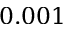
0 . 0 0 1